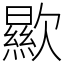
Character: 歞